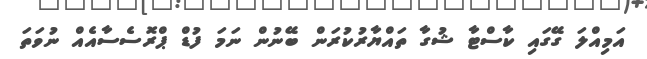
އަމިއްލަ ގޭގައި ކާސްޓާ ޝުގާ ތައްޔާރުކުރަން ބޭނުން ނަމަ ފުޑް ޕްރޮސެސާއެއް ނުވަތަ